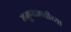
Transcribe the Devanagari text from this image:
मनुष्यजातीच्या